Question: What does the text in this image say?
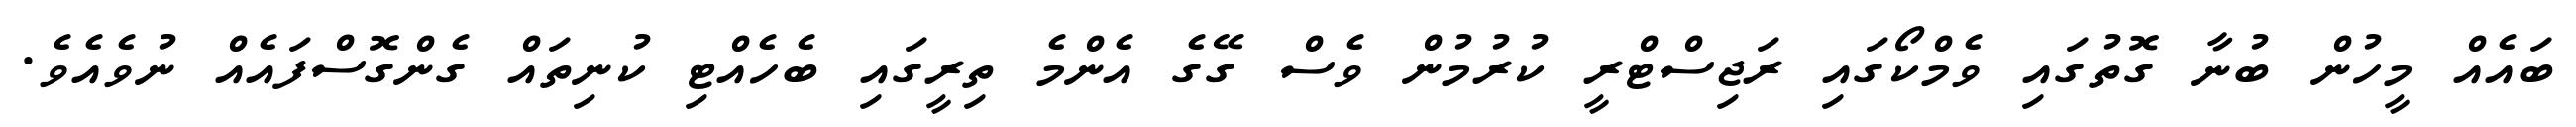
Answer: ބައެއް މީހުން ބުނާ ގޮތުގައި ވެމްކޯގައި ރަޖިސްޓްރީ ކުރުމުން ވެސް ގޭގެ އެންމެ ތިރީގައި ބެހެއްޓި ކުނިތައް ގެންގޮސްފައެއް ނުވެއެވެ.